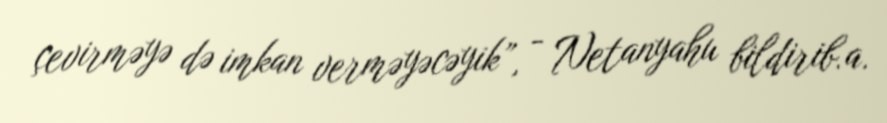
çevirməyə də imkan verməyəcəyik”, - Netanyahu bildirib.a.